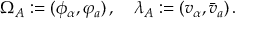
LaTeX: \Omega _ { A } : = ( \phi _ { \alpha } , \varphi _ { a } ) \, , \quad \lambda _ { A } : = ( v _ { \alpha } , \bar { v } _ { a } ) \, .